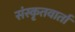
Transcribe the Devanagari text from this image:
संस्कृतवार्ता